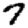
Digit: 7